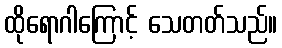
ထိုရောဂါကြောင့် သေတတ်သည်။